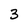
Character: 3